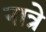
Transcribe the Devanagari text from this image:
नात्रे